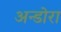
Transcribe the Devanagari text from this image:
अन्डोरा